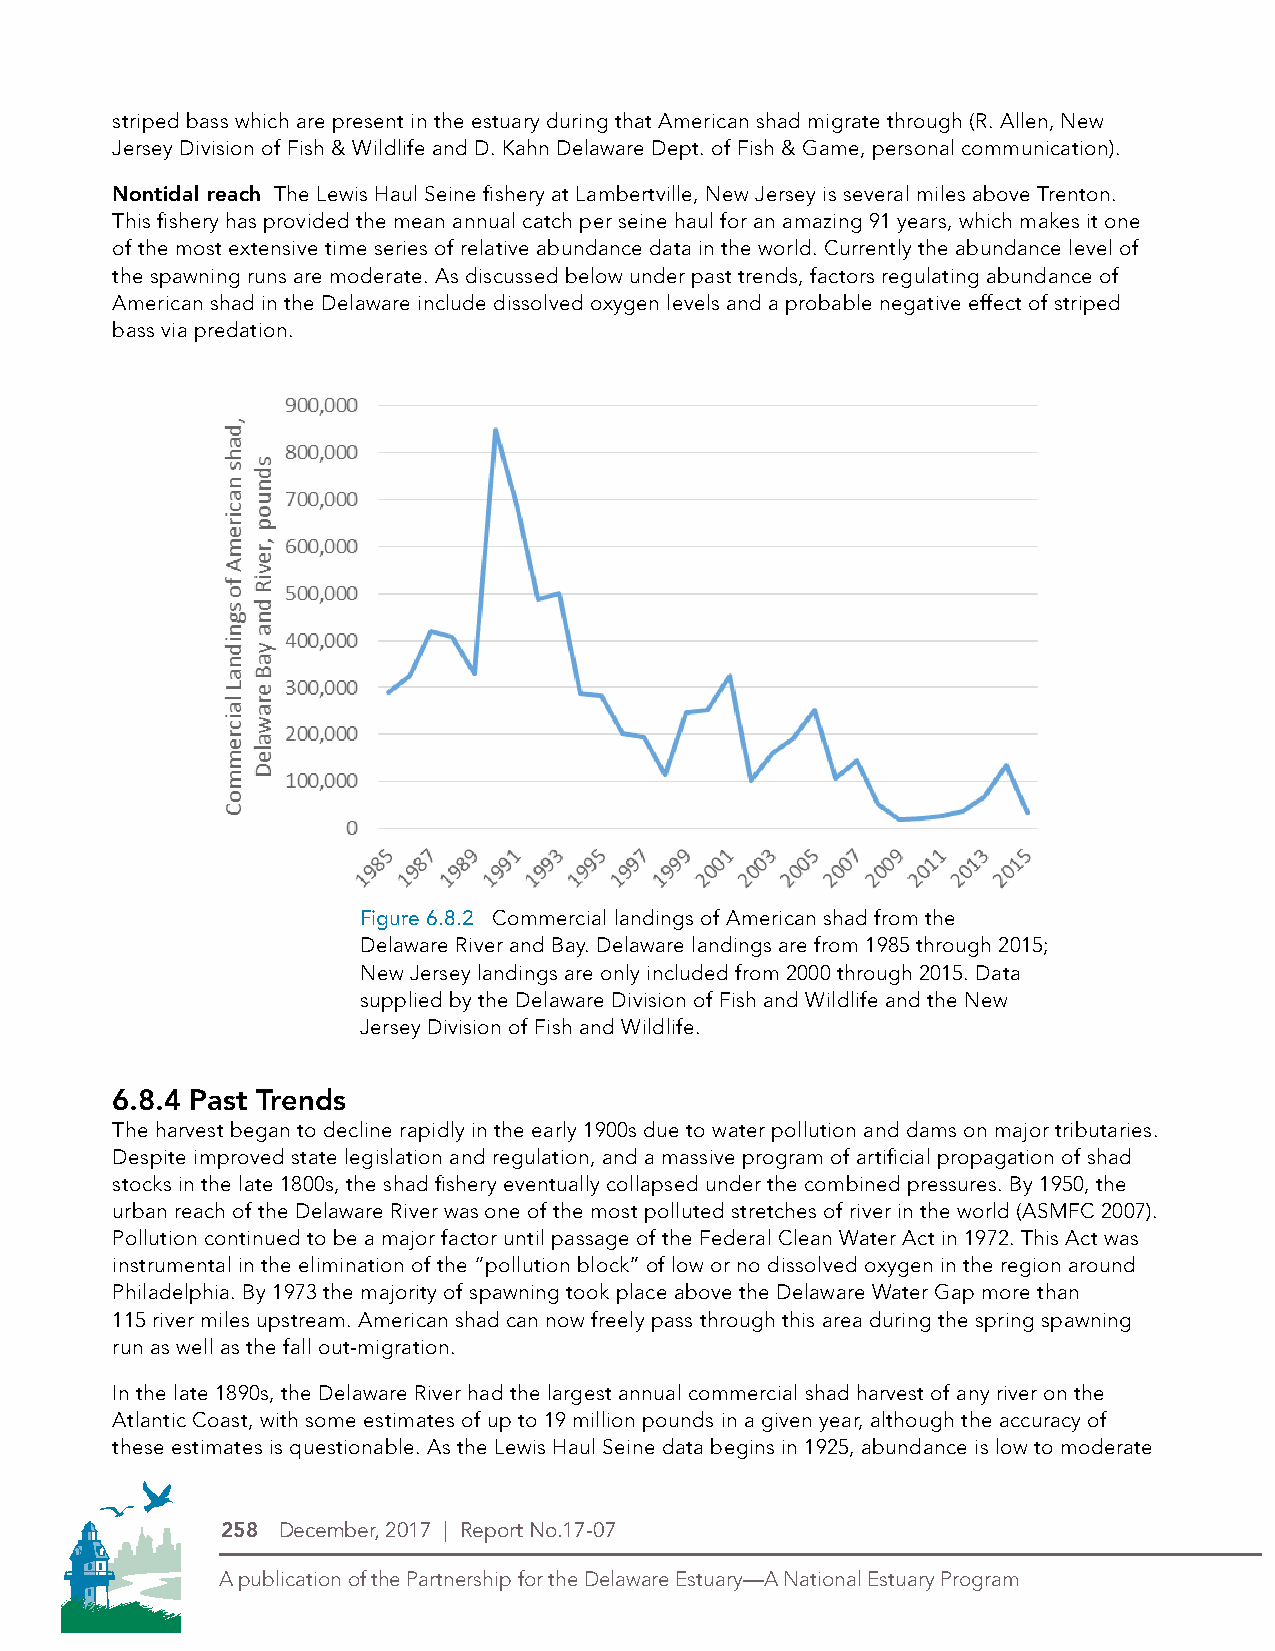
striped bass which are present in the estuary during that American shad migrate through (R. Allen, New
 Jersey Division of Fish & Wildlife and D. Kahn Delaware Dept. of Fish & Game, personal communication).
 Nontidal reach The Lewis Haul Seine fishery at Lambertville, New Jersey is several miles above Trenton.
 This fishery has provided the mean annual catch per seine haul for an amazing 91 years, which makes it one
 of the most extensive time series of relative abundance data in the world. Currently the abundance level of
 the spawning runs are moderate. As discussed below under past trends, factors regulating abundance of
 American shad in the Delaware include dissolved oxygen levels and a probable negative effect of striped
 bass via predation.
 Figure 6.8.2 Commercial landings of American shad from the
 Delaware River and Bay. Delaware landings are from 1985 through 2015;
 New Jersey landings are only included from 2000 through 2015. Data
 supplied by the Delaware Division of Fish and Wildlife and the New
 Jersey Division of Fish and Wildlife.
 6.8.4 Past Trends
 The harvest began to decline rapidly in the early 1900s due to water pollution and dams on major tributaries.
 Despite improved state legislation and regulation, and a massive program of artificial propagation of shad
 stocks in the late 1800s, the shad fishery eventually collapsed under the combined pressures. By 1950, the
 urban reach of the Delaware River was one of the most polluted stretches of river in the world (ASMFC 2007).
 Pollution continued to be a major factor until passage of the Federal Clean Water Act in 1972. This Act was
 instrumental in the elimination of the “pollution block” of low or no dissolved oxygen in the region around
 Philadelphia. By 1973 the majority of spawning took place above the Delaware Water Gap more than
 115 river miles upstream. American shad can now freely pass through this area during the spring spawning
 run as well as the fall out-migration.
 In the late 1890s, the Delaware River had the largest annual commercial shad harvest of any river on the
 PDE Logos in 4-Color Process (CMYK)
 Atlantic Coast, with some estimates of up to 19 million pounds in a given year, although the accuracy of
 these estimates is questionable. As the Lewis Haul Seine data begins in 1925, abundance is low to moderate
 THIS IS THE NEW LOGO
 258 December, 2017 | Report No.17-07
 A publication of the Partnership for the Delaware Estuary—A National Estuary Program
 Symbol Alone
 Logo with stacked type
 Type Alone